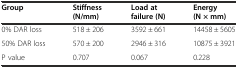
<table><thead><tr><td><b>Group</b></td><td><b>Stiffness (N/mm)</b></td><td><b>Load at failure (N)</b></td><td><b>Energy (N × mm)</b></td></tr></thead><tbody><tr><td>0% DAR loss</td><td>518 ± 206</td><td>3592 ± 661</td><td>14458 ± 5605</td></tr><tr><td>50% DAR loss</td><td>570 ± 200</td><td>2946 ± 316</td><td>10875 ± 3921</td></tr><tr><td>P value</td><td>0.707</td><td>0.067</td><td>0.228</td></tr></tbody></table>